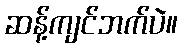
ဆန့်ကျင်ဘက်ပဲ။